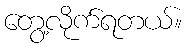
တွေ့လိုက်ရတယ်။